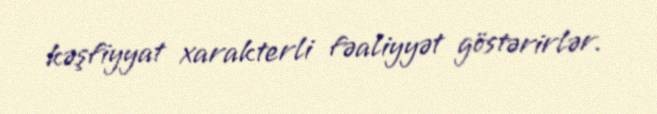
kəşfiyyat xarakterli fəaliyyət göstərirlər.